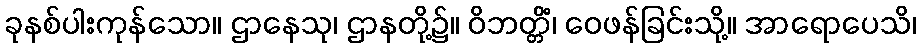
ခုနစ်ပါးကုန်သော။ ဌာနေသု၊ ဌာနတို့၌။ ဝိဘတ္တိံ၊ ဝေဖန်ခြင်းသို့။ အာရောပေသိ၊